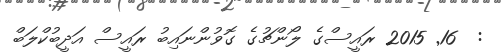
:  16